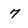
Character: 7